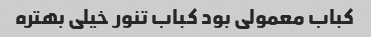
کباب معمولی بود کباب تنور خیلی بهتره